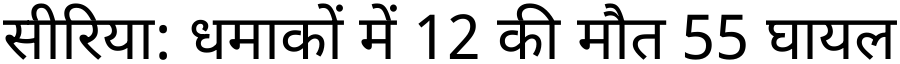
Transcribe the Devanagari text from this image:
सीरिया: धमाकों में 12 की मौत 55 घायल